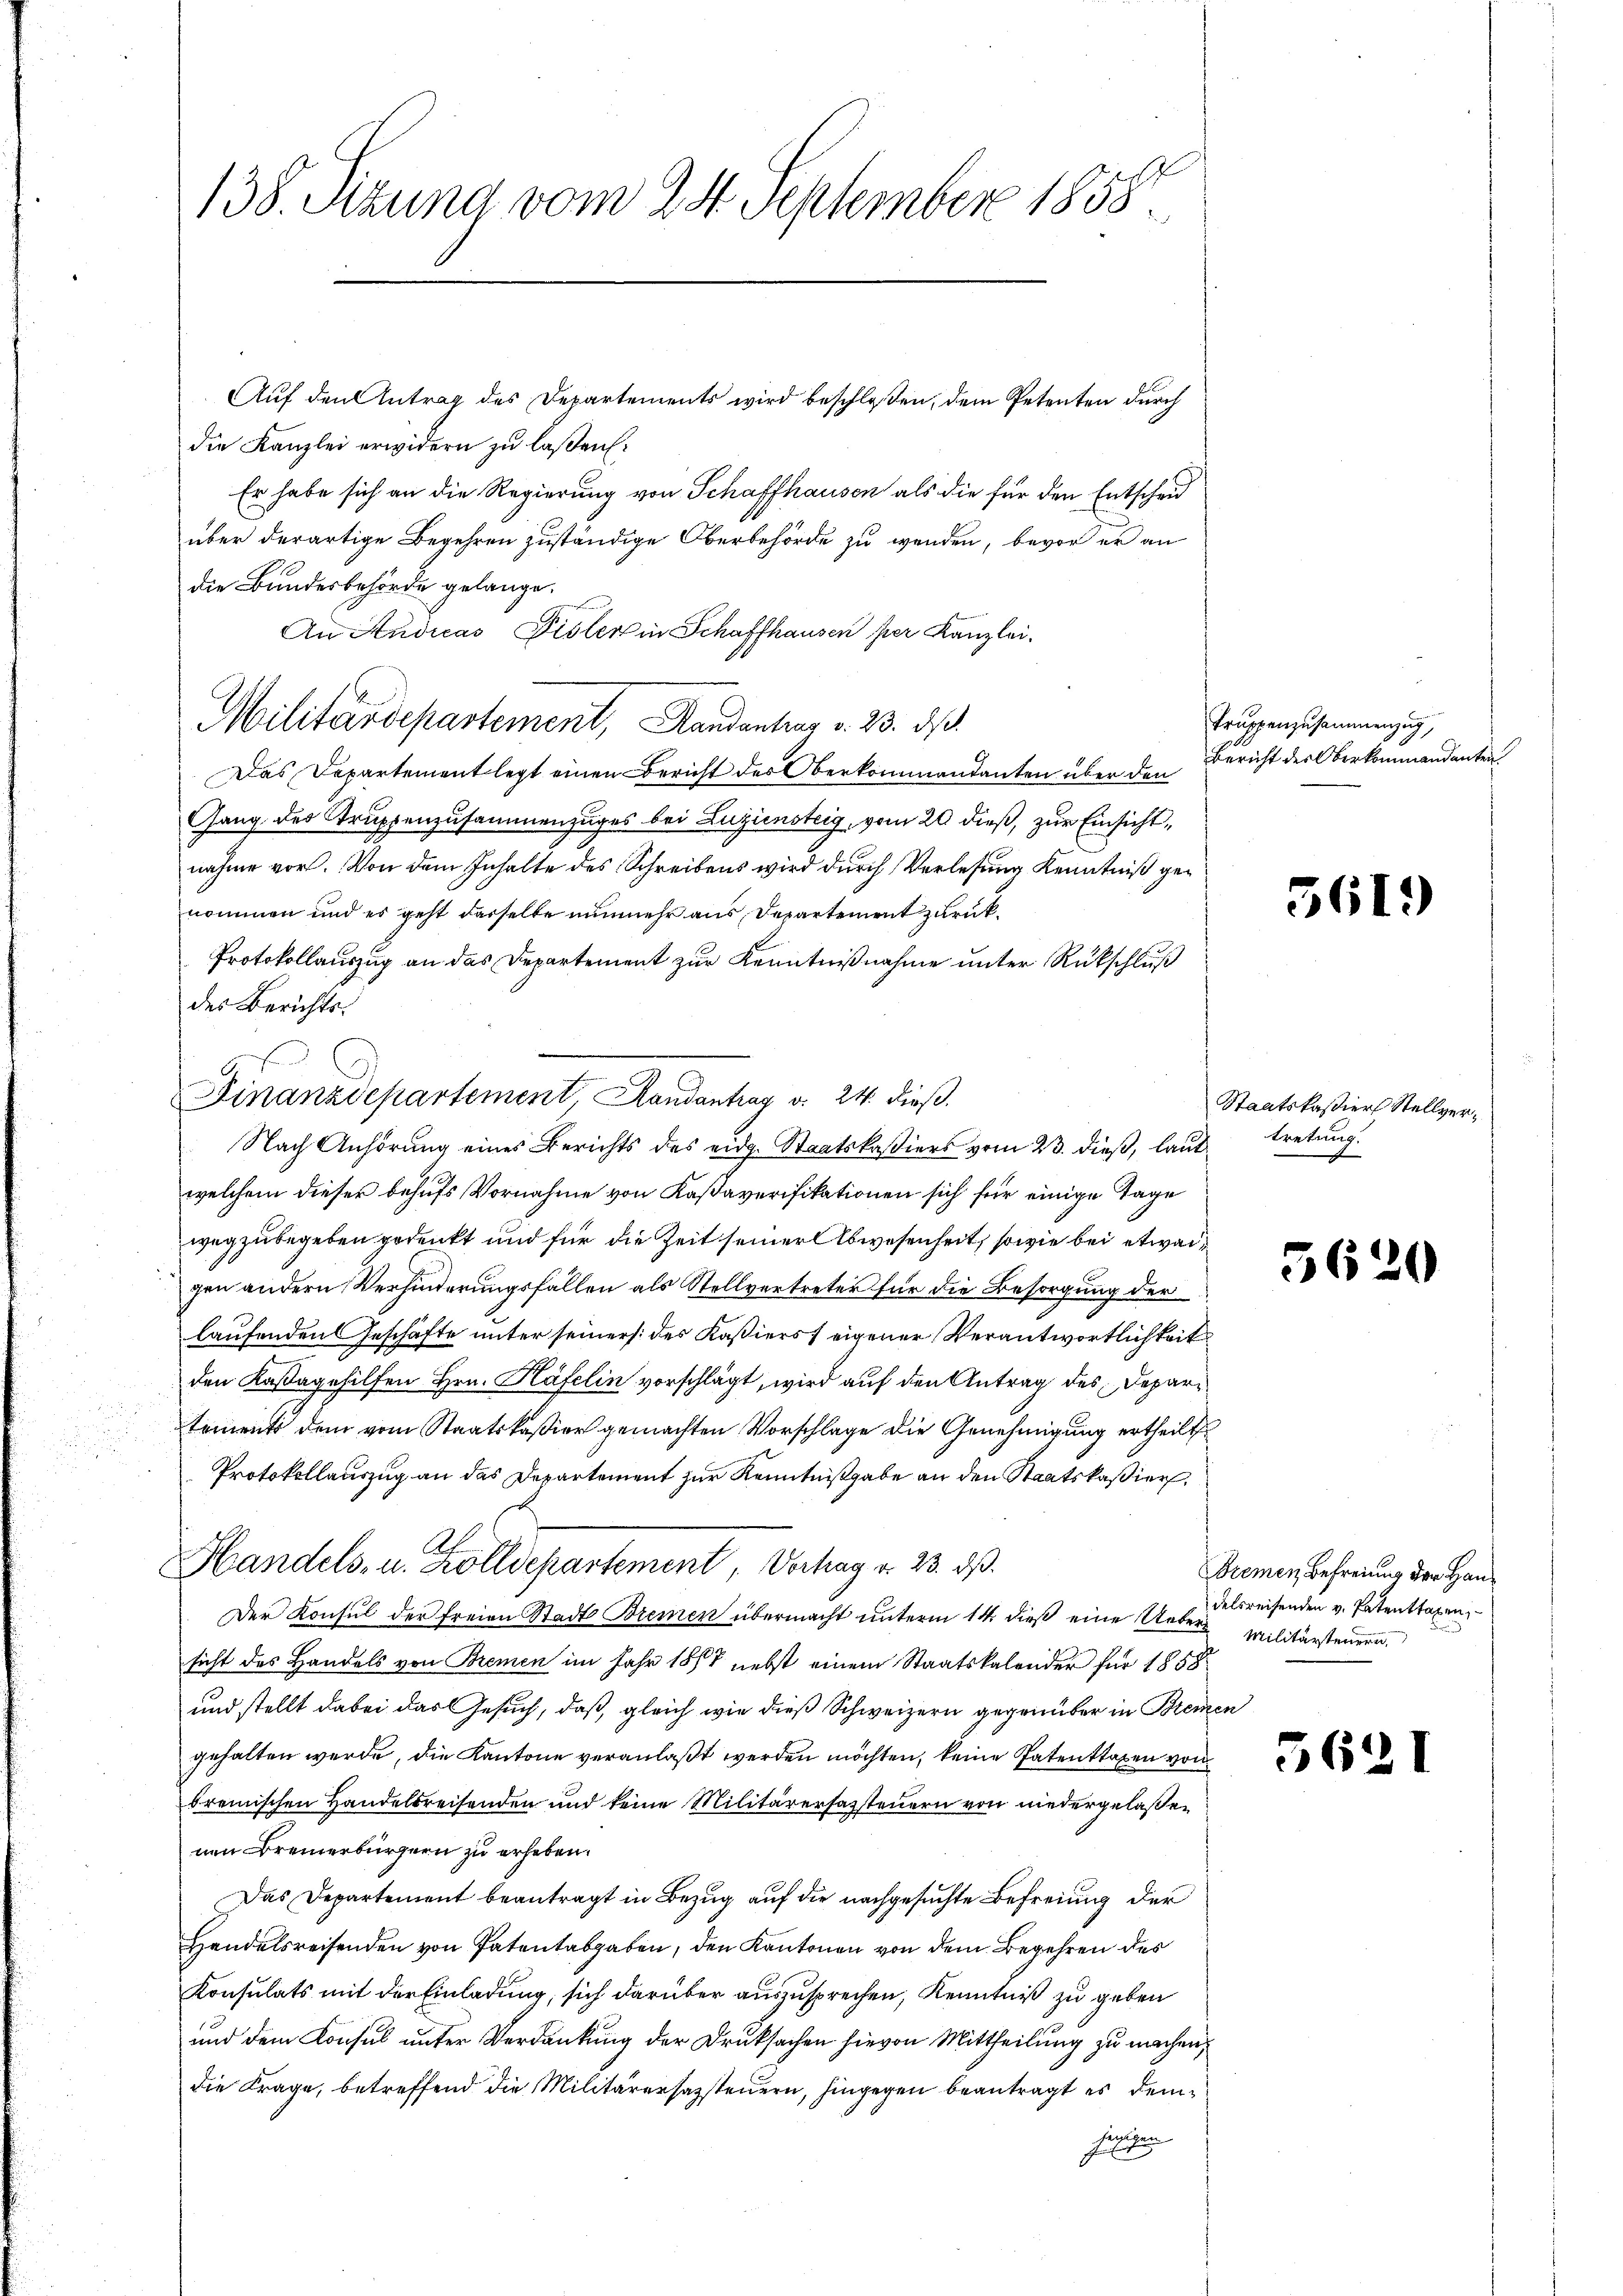
138. Sizung vom 24. September 1858

Auf den Antrag des Departements wird beschloßen, dem Petenten durch
die Kanzlei erwidern zu laßen.
Er habe sich an die Regierung von Schaffhausen als die für den Entscheid
über derartige Begehren zuständige Oberbehörde zu wenden, bevor er an
die Bundesbehörde gelange.
An Audicas Disler in Schaffhausen per Kanzlei.
Militärdepartement, Handantrag v. 23. ds.
Das Departementlegt einen Bericht des Oberkommandanten über den
Gang des Truppenzusammenzuges bei Luziensteig, vom 20 dieß, zur Einsichtnahme vor. Von dem Inhalte des Schreibens wird durch Verlesung Kenntniß genommen und es geht derselbe nunmehr aus Departement zurück¬
Protokollauszug an das Departement zur Kenntnißnahme unter Rückschluß
des Berichts.
s
d
Finanzdepartement Handantrag v. 24. dieβ.
Nach Anhörung eines Berichts des eidg. Staatskaßiers vom 23. dieß, lautwelchem dieser behufs Vornahme von Kassaverifikationen sich für einige Tage
wegzubegeben gedenkt und für die Zeit seiner Abwesenheit, sowie bei etwas
gen andern Verhinderungsfallen als Stellvertreter für die Besorgung der
laufenden Geschäfte unter seiners des Kassiers eigener Verantwortlichkeit
e
den Kastagehilfen Hrn. Käfelin vorschlägt, wird auf den Antrag des Depar
tements dem vom Staatskassier gemachten Vorschlage die Genehmigung ertheilt
Protokollauszug an das Departement zur Kenntnißgabe an den Staatskassier,
Handels- u. Zolldepartement Verhag v. 23. ds.
Der Konsul der freien Stadt Brennen übermacht unterm 14. dieß eine Ueber Militärsteuern,
sicht des Handels von Bremen im Jahr 1888 nebst einem Staatskalender für 1858
und stellt dabei das Gesuch, daß, gleich wie dieß Schweizern gegenüber in Bremen
gehalten werde, die Kantone veranlaßt werden möchten, keine Patentragen von
dremischen Handelsreisenden und keine Militärerfassteuern von niedergelaßen
nen Bremerbürgern zu erheben.
Das Departement beantragt in Bezug auf die nachgesuchte Befreiung der
Handelsreisenden von Patentabgaben, den Kantonen von dem Begehren des
Konsulats mit der Einladung, sich darüber auszusprechen, Kenntniß zu geben
und dem Konsul unter Verdankung der Druksachen hievon Mittheilung zu machen,
die Frage, betreffend die Militärersazsteuern, hingegen beantragt es demjenigen

Truppenzusammenzug,
Bericht des Oberkommandanten

5619

Staatskassier Stellvertretung.

5620

Bremen Befreiung der Handelsreisenden v. Patenttaxen,

5621